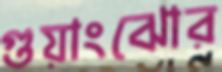
গুয়াংঝোর